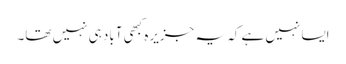
ایسا نہیں ہے کہ یہ جزیرہ کبھی آباد ہی نہیں تھا۔